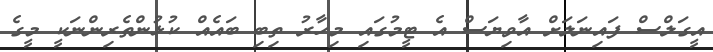
އީގަލްސް ފައިނަލަށް އާވިޔަސް އެ ޓީމުގައި މިހާރު ތިބި ބައެއް ކުޅުންތެރިންނަކީ މީގެ